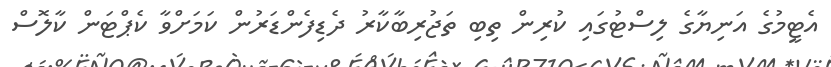
އެޓީމުގެ އަނިޔާގެ ލިސްޓުގައި ކުރިން ތިބި ތަޖުރިބާކާރު ދެޑިފެންޑަރުން ކަމަށްވާ ކެޕްޓަން ކާލޮސް